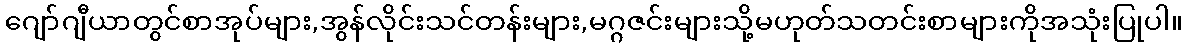
ဂျော်ဂျီယာတွင်စာအုပ်များ,အွန်လိုင်းသင်တန်းများ,မဂ္ဂဇင်းများသို့မဟုတ်သတင်းစာများကိုအသုံးပြုပါ။